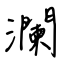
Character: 瀾